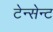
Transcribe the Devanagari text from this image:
टेन्सेन्ट